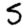
Digit: 5